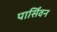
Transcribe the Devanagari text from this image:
पार्सिवन